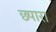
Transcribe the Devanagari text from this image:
छ्पारा